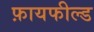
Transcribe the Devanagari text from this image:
फ़ायफील्ड